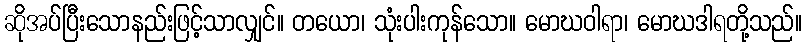
ဆိုအပ်ပြီးသောနည်းဖြင့်သာလျှင်။ တယော၊ သုံးပါးကုန်သော။ မောဃဝါရာ၊ မောဃဒါရတို့သည်။